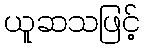
ယူဆသဖြင့်